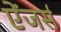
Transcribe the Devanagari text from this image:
ऐंजर्स